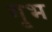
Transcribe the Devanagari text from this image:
गृभ